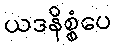
ယဒနိစ္စံပေ